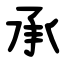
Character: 承